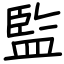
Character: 監